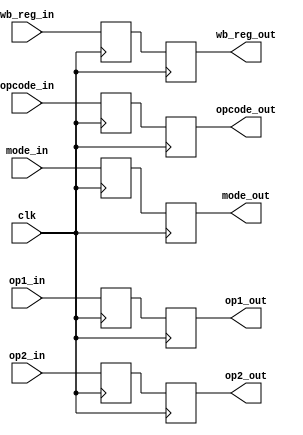
module ID_IE_Latch(input clk,
                    input wire [7:0] opcode_in,
                    input wire [1:0] mode_in,
                    input wire [15:0] op1_in,
                    input wire [15:0] op2_in,
                    input wire [3:0] wb_reg_in,
                    output reg [7:0] opcode_out,
                    output reg [1:0] mode_out,
                    output reg [15:0] op1_out,
                    output reg [15:0] op2_out,
                    output reg [3:0] wb_reg_out);

    reg [7:0] opcode_reg;
    reg [1:0] mode_reg;
    reg [15:0] op1_reg;
    reg [15:0] op2_reg;
    reg [3:0] wb_reg;

    always @ (posedge clk) begin
      opcode_reg <= opcode_in;
      mode_reg <= mode_in;
      op1_reg <= op1_in;
      op2_reg <= op2_in;
      wb_reg <= wb_reg_in;
    end

    always @ (negedge clk) begin
      opcode_out <= opcode_reg;
      mode_out <= mode_reg;
      op1_out <= op1_reg;
      op2_out <= op2_reg;
      wb_reg_out <= wb_reg;
    end

endmodule